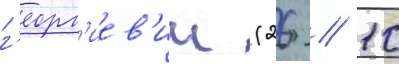
г'еорг'иев'ич (26 // 10